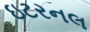
ઇટરનલ